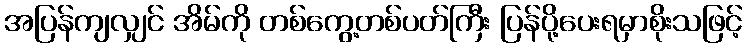
အပြန်ကျလျှင် အိမ်ကို တစ်ကွေ့တစ်ပတ်ကြီး ပြန်ပို့ပေးရမှာစိုးသဖြင့်